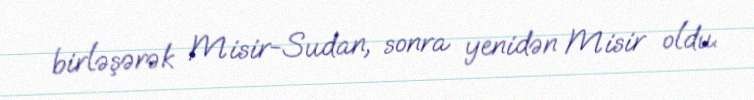
birləşərək Misir-Sudan, sonra yenidən Misir oldu.